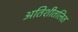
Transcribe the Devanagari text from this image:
अतिशीतलित